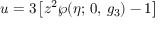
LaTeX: u = 3 \left[ z ^ { 2 } \wp ( \eta ; \, 0 , \, g _ { 3 } ) - 1 \right]